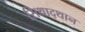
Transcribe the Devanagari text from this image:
सिथाद्थान